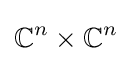
\mathbb {C} ^{n}\times \mathbb {C} ^{n}